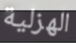
الهزلية